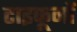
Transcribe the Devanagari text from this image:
टाइफूनों